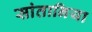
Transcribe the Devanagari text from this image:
सांतानिया